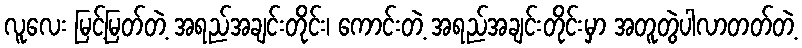
လူလေး မြင့်မြတ်တဲ့ အရည်အချင်းတိုင်း၊ ကောင်းတဲ့ အရည်အချင်းတိုင်းမှာ အတူတွဲပါလာတတ်တဲ့